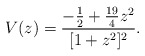
\begin{align*}V(z) = \frac{-\frac{1}{2} +\frac{19}{4}z^2}{[1+z^2]^2}. \end{align*}